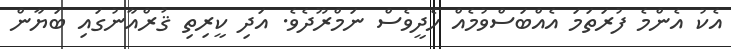
އެކު އެންމެ ފުރަތަމަ އެއްބަސްވުމެއް ހެދީވެސް ނަމްރޫދެވެ. އަދި ކީރިތި ޤުރްއާނުގައި ބަޔާން